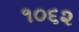
૧૦૬૨